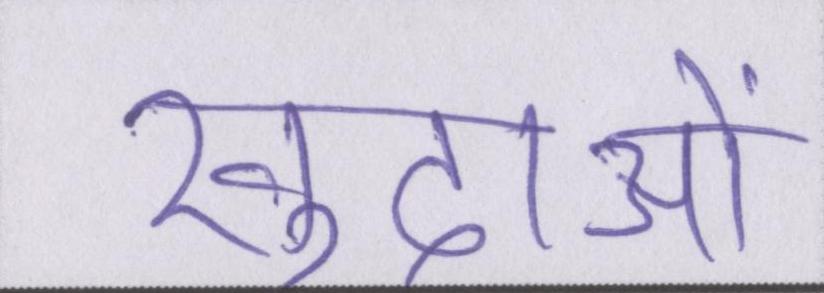
खुदाओं